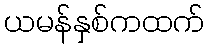
ယမန်နှစ်ကထက်